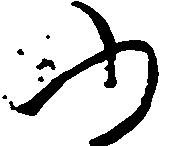
ふ